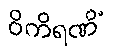
ဝိကိရဏိံ